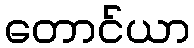
တောင်ယာ